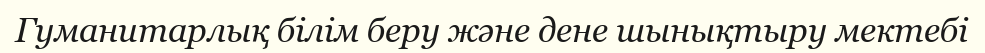
Гуманитарлық білім беру және дене шынықтыру мектебі